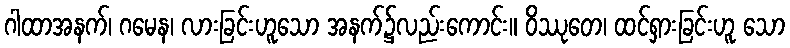
ဂါထာအနက်၊ ဂမေန၊ လားခြင်းဟူသော အနက်၌လည်းကောင်း။ ဝိဿုတေ၊ ထင်ရှားခြင်းဟူ သော